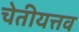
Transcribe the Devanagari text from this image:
चेतीयत्तव